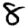
Digit: 8